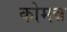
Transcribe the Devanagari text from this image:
कोमन्न